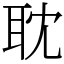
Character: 耽